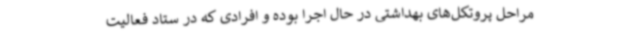
مراحل پروتکل‌های بهداشتی در حال اجرا بوده و افرادی که در ستاد فعالیت